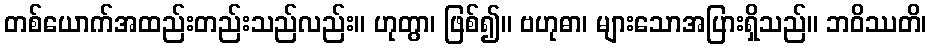
တစ်ယောက်အထည်းတည်းသည်လည်း။ ဟုတွာ၊ ဖြစ်၍။ ဗဟုဓာ၊ များသောအပြားရှိသည်။ ဘဝိဿတိ၊